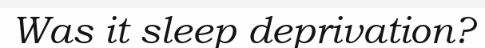
Was it sleep deprivation?